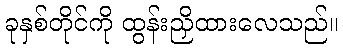
ခုနှစ်တိုင်ကို ထွန်းညှိထားလေသည်။